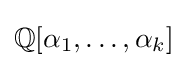
\mathbb {Q} [\alpha _{1},\ldots ,\alpha _{k}]